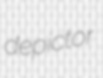
depictor